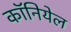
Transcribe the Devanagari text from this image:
कॉनियेल